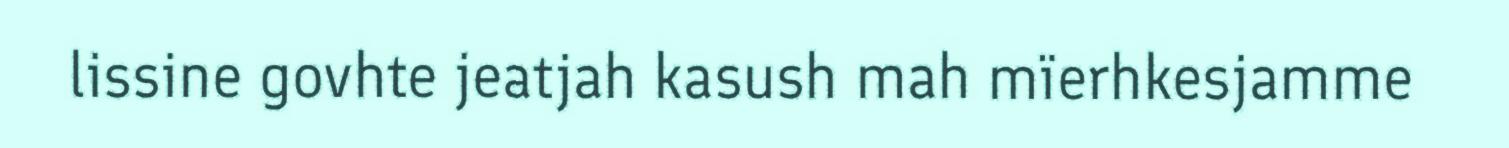
lissine govhte jeatjah kasush mah mïerhkesjamme